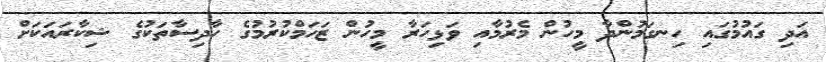
އަދި ގައުމުގައި ހިނގަމުންދާ މީހުން މެރުމާއި ވަޅިހަރާ މީހުން ޒަހަމްކުރުމުގެ ހާދިސާތަކުގެ ޝިކާރައަކަށް